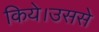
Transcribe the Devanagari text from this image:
किये।उससे